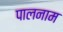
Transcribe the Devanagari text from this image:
पालनाम